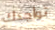
تواجدك